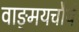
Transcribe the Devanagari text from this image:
वाङ्‌मयचौर्य